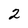
Character: 2